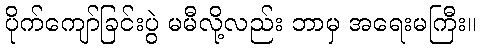
ပိုက်ကျော်ခြင်းပွဲ မမီလို့လည်း ဘာမှ အရေးမကြီး။